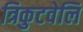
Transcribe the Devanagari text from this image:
त्रिकुटवेलि